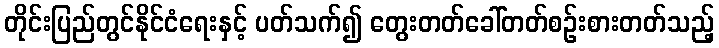
တိုင်းပြည်တွင်နိုင်ငံရေးနှင့် ပတ်သက်၍ တွေးတတ်ခေါ်တတ်စဉ်းစားတတ်သည့်